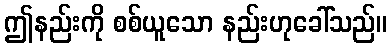
ဤနည်းကို စစ်ယူသော နည်းဟုခေါ်သည်။